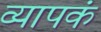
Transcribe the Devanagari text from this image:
व्यापकं